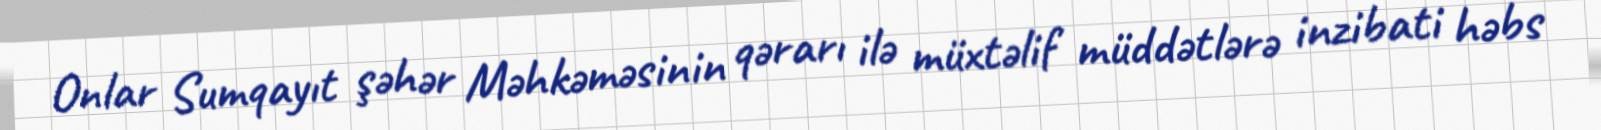
Onlar Sumqayıt şəhər Məhkəməsinin qərarı ilə müxtəlif müddətlərə inzibati həbs